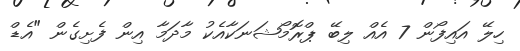
ހިލޭ އައިފޯން 7 އެއް ލިބޭ ޕްރޮމޯޝަނަކާއެކު މާދަމާ އިން ފެށިގެން "އެޑް